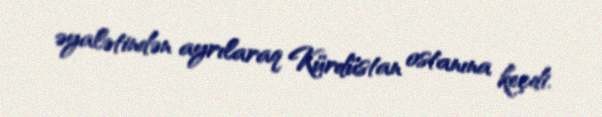
əyalətindən ayrılaraq Kürdüstan ostanına keçdi.